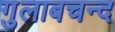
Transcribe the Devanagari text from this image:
गुलाबचन्द